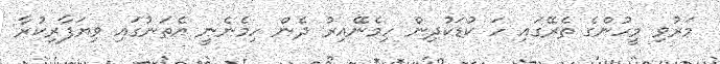
މަރުވި މީހުންގެ ތެރޭގައި ހަ ކުޑަކުދިން ހިމެނޭއިރު ދެން ހިމެނެނީ އެތަނުގައި ވިޔަފާރިކުރާ